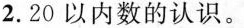
2.20以内数的认识。